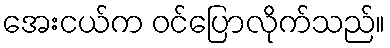
အေးငယ်က ဝင်ပြောလိုက်သည်။